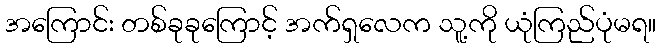
အကြောင်း တစ်ခုခုကြောင့် အက်ရှလေက သူ့ကို ယုံကြည်ပုံမရ။